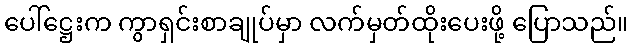
ပေါ်ဋ္ဌေးက ကွာရှင်းစာချုပ်မှာ လက်မှတ်ထိုးပေးဖို့ ပြောသည်။